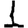
Digit: 1